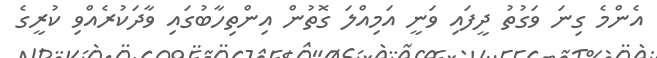
އެންމެ ގިނަ ވަގުތު ދީފައި ވަނީ އަމިއްލަ ގޮތުން އިންތިހާބުގައި ވާދަކުރެއްވި ކުރީގެ